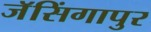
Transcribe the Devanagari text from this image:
जॅसिंगापुर